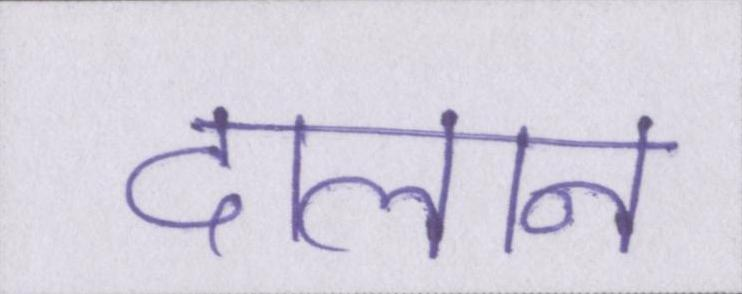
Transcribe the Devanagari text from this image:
दालान